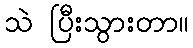
သဲ ပြီးသွားတာ။